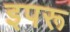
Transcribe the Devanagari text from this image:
इपरू